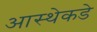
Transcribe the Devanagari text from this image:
आस्थेकडे